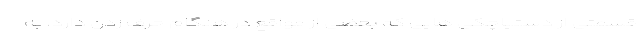
قسمتی از دستپاچگی هایی که بعضی از مواقع در هنگام حرف زدن دارد، به